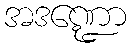
အဒဏ္ဍော